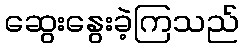
ဆွေးနွေးခဲ့ကြသည်